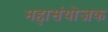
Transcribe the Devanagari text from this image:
महासंयोजक